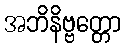
အဘိနိဗ္ဗတ္တော